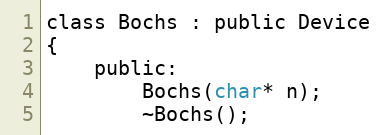
Language: C
class Bochs : public Device
{
	public:
		Bochs(char* n);
		~Bochs();